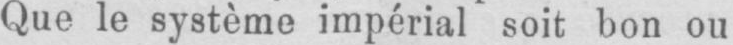
Que le système impérial soit bon ou